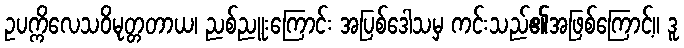
ဥပက္ကိလေသဝိမုတ္တတာယ၊ ညစ်ညူးကြောင်း အပြစ်ဒေါသမှ ကင်းသည်၏အဖြစ်ကြောင့်။ ဒူ